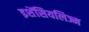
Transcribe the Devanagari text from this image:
इशेंसियलिज्म